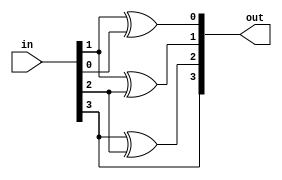
module bcdtogrey(
	input [3:0] in,
	output [3:0] out);
	
	assign out[0] = in[1] ^ in[0];
	assign out[1] = in[1] ^ in[2];
	assign out[2] = in[3] ^ in[2];
	assign out[3] = in[3];
	
	
endmodule